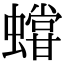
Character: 𧒩